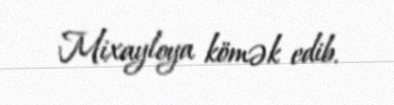
Mixayloya kömək edib.